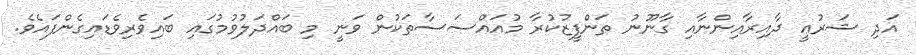
އަދި ޝަރުޢީ ދާއިރާއިންނާއި ގާނޫނު ތަންފީޒުކުރާ މުއައްސަސާތަކުން ވަނީ މި ބައްދަލުވުމުގައި ބައިވެރިވެޑައިގެންފައެވެ.